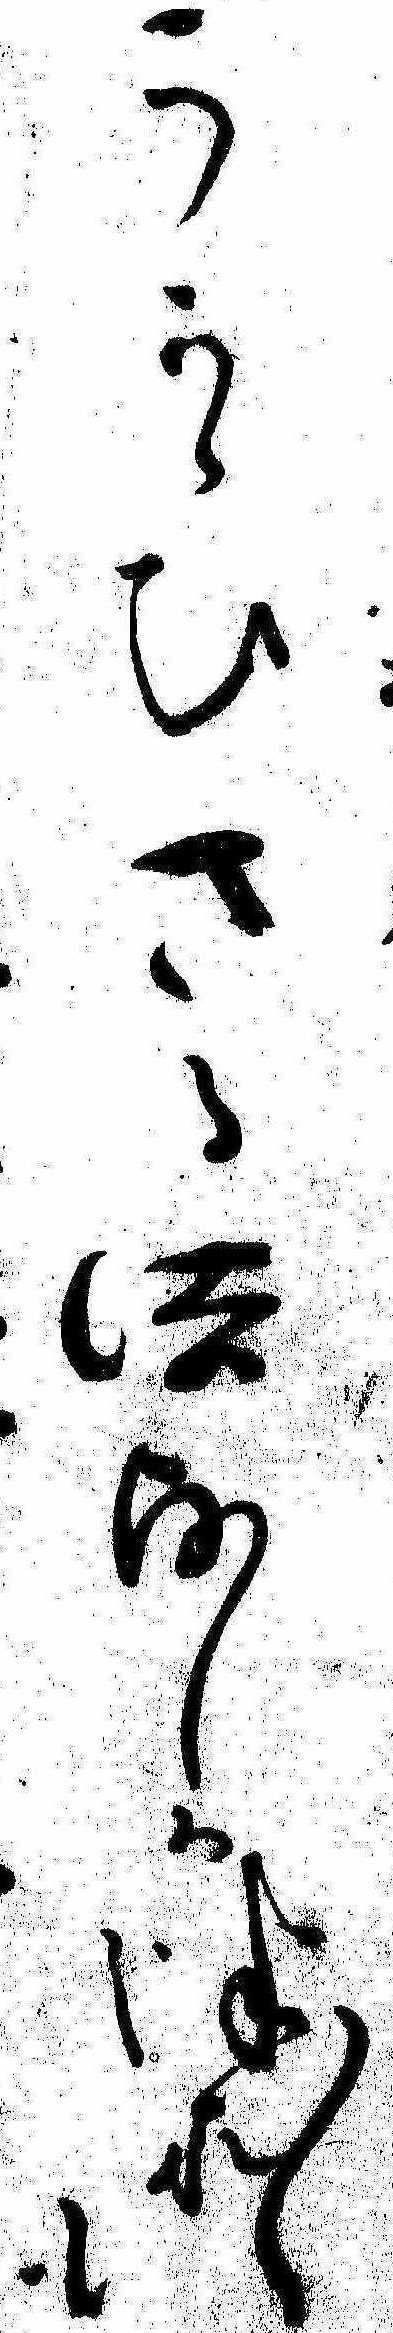
うかゞひさる法師かつれ〱も